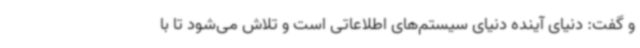
و گفت: دنیای آینده دنیای سیستم‌های اطلاعاتی است و تلاش می‌شود تا با